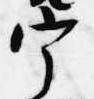
宰